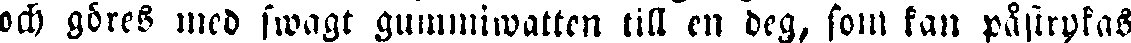
och göres med swagt gummiwatten till en deg, som kan påstrykas